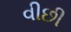
વીછી